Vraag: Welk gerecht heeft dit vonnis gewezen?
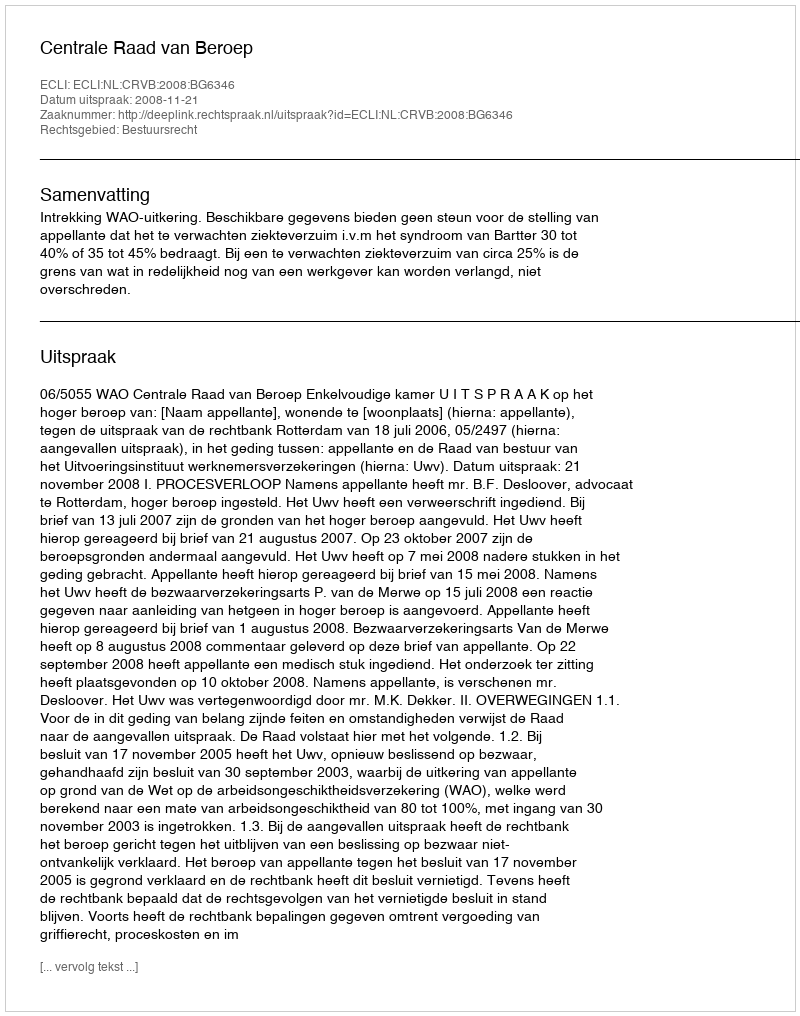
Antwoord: Centrale Raad van Beroep